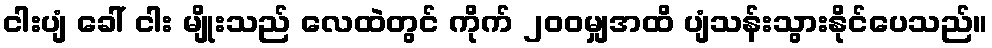
ငါးပျံ ခေါ် ငါး မျိုးသည် လေထဲတွင် ကိုက် ၂၀၀မျှအထိ ပျံသန်းသွားနိုင်ပေသည်။